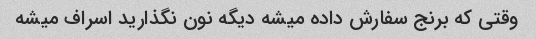
وقتی که برنج سفارش داده میشه دیگه نون نگذارید اسراف میشه